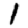
Digit: 1